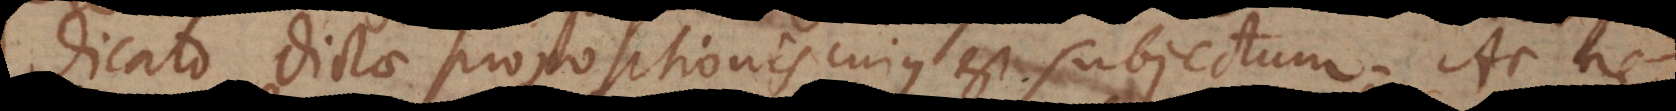
dicato dictae propositionis cujus est subjectum. Ac ne